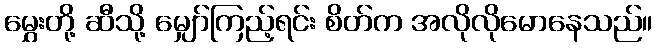
မွှေးတို့ ဆီသို့ မျှော်ကြည့်ရင်း စိတ်က အလိုလိုမောနေသည်။